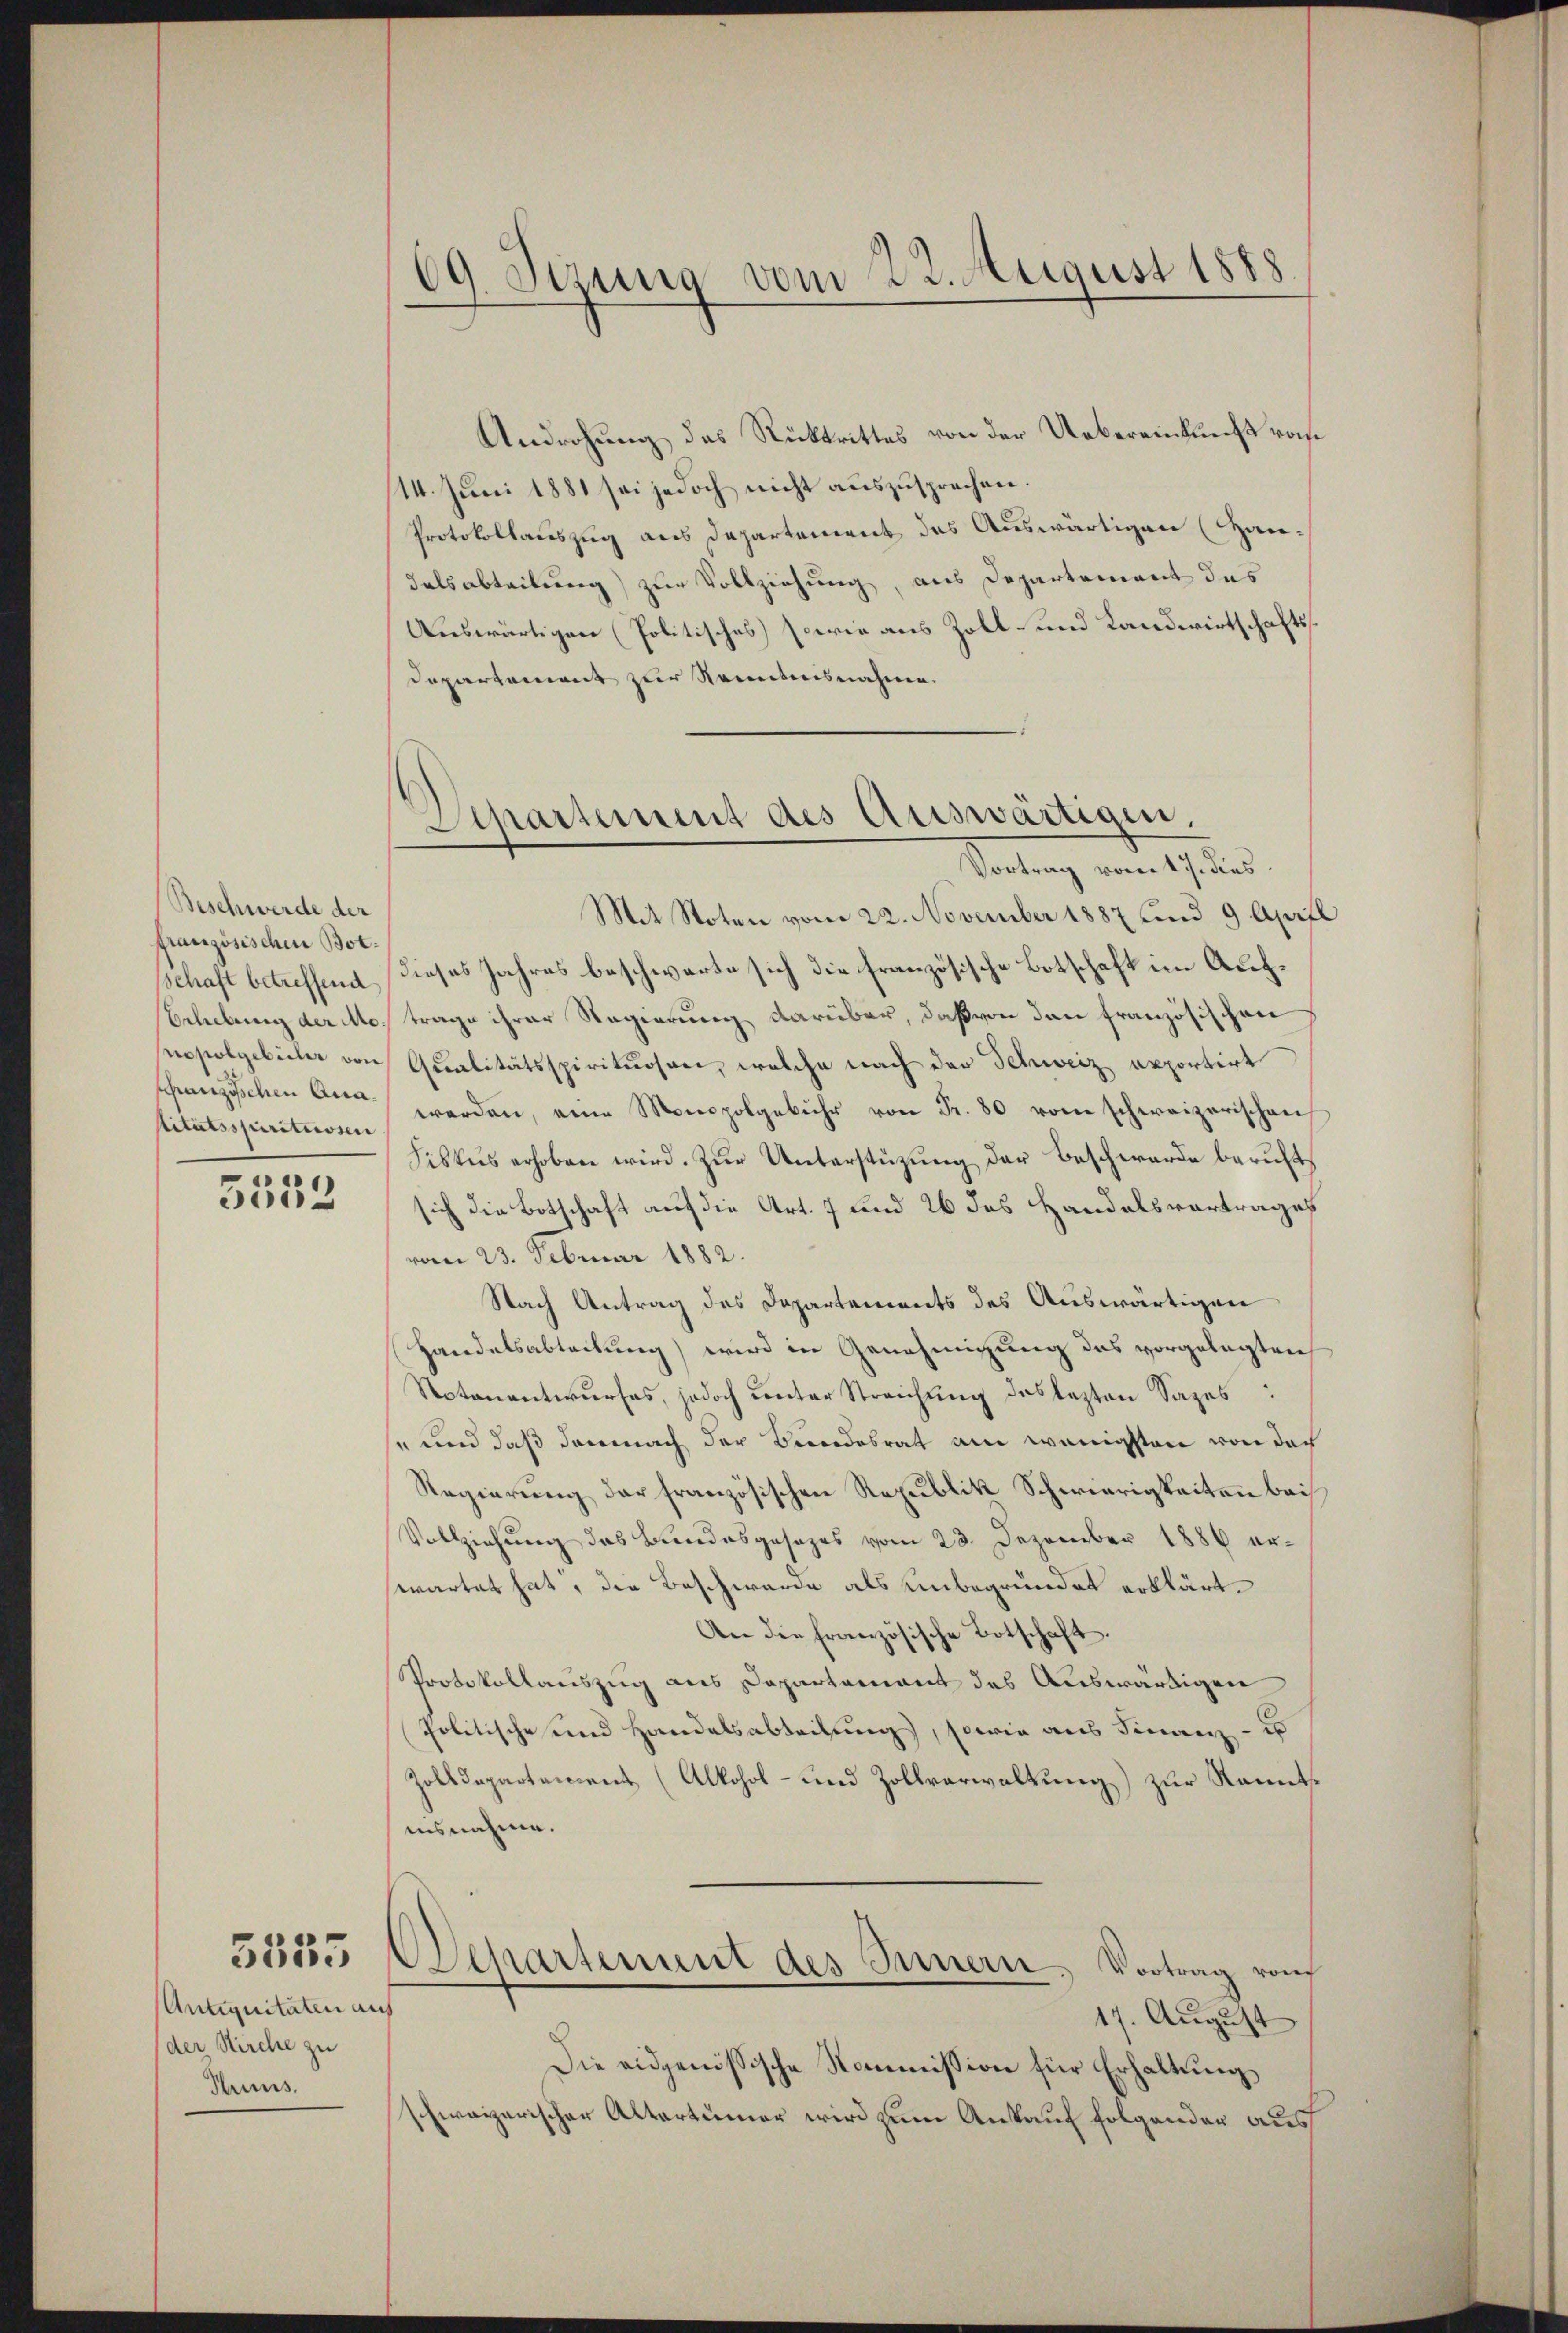
Beschwerde der
französischen Bot¬
Schaft betreffend
Erhebung der Ao.
opolgeteiler von
franzischen Qua¬
Stitätsspirituosen |

5552

5555

Antiquitäten auf
der Kirche zu
Hums.

Androhung des Rücktrittes von der Uebereinkunft ras
14. Juni 1881 sei jedoch nicht auszusprechen.
Protokollauszug aus Departement des Auswärtigen (Hau¬
Tatsabteilung) zur Vollziehung, aus Departement das
Auswärtigen (Politisches sowie aus Zoll- und Landwirtschafts¬
Departement zur Kenntnisnahme.

69. Sezung vom 22. August 1888

Separtement des Auswärtigen.
Vortrag vorer k. J. dies

Mit Noten vom 22. November 1887 und 9. April
dieses Jahres beschwarte sich die französische Botschaft im Auftrage ihrer Regierung darüber, daß von den französischen
Qualitätsspirituosen, welche nach der Schweiz apportirt
werden, eine Monopolgebühr von Fr. 80 vom schweizerischen
Fiskus erhoben wird. Zur Unterstüzung der Beschwerde beruftsich die Botschaft auf die Art. 7 und 26 des Handelsvortrages
vom 23. Februar 1882.
Nach Antrag des Departements des Auswärtigen
Handelsabteilung) wird in Genehmigung das vorgelegten
Notanentwurfes, jedoch unter Streichung das lezten Sages.
se und daß demnach der Bundesrath am wenigsten von doch
Regierung der französischen Republik Schwierigkeiten bei
Vollziehung das Bundesgesezes vom 23. Dezember 1886 erwartet hat, die Beschwerde als unbegründet erklärt.
An die französische Botschaft.
Protokollauszug aus Departement das Auswärtigen
Politische und Handelsabteilung, sowie aus Finanz- u
Zolldepartement (Alkohol- und Zollverwaltung) zur Kenntausnahme.
Departement des Innern, Vortrag vom
17. August
Die eidgenössische Kommission für Erhaltung
schweizerischer Altertümer wird zum Ankauf folgender aus